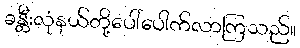
ခန္တီးလုံနယ်တို့ပေါ်ပေါက်လာကြသည်။